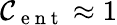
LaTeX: {\cal{C}}_{\mathrm{~e~n~t~}}\approx 1